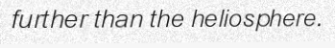
further than the heliosphere.